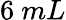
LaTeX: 6~mL